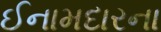
ઈનામદારના